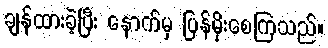
ချန်ထားခဲ့ပြီး နောက်မှ ပြန်မိုးစေကြသည်။